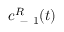
c _ { \mathrm { ~ - ~ } 1 } ^ { R } ( t )